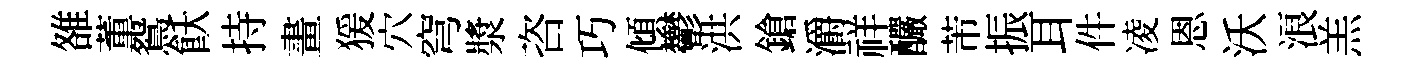
雒董鴛飫持畫猨穴穹漿咨巧傾鬱洪鎗灂祥釅芾振耳件凌恩沃浪羔